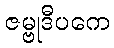
ဇမ္ဗုဒီပကေ